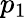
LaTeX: p_{1}